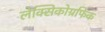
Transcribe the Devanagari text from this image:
लेक्सिकोग्रफिक